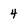
Character: 4